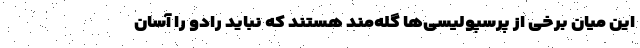
این میان برخی از پرسپولیسی‌ها گله‌مند هستند که نباید رادو را آسان